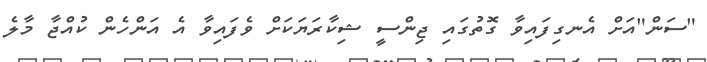
"ސަން"އަށް އެނގިފައިވާ ގޮތުގައި ޖިންސީ ޝިކާރަޔަކަށް ވެފައިވާ އެ އަންހެން ކުއްޖާ މާލެ